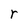
Character: r